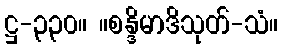
ဋ္ဌ-၃၃၀။ ။စန္ဒိမာဒိသုတ်-သံ။